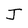
Character: J